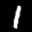
Label: 1